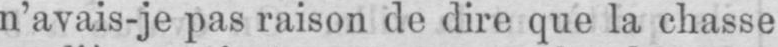
n’avais-je pas raison de dire que la chasse